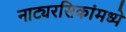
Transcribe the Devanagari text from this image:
नाट्यरसिकांमध्ये